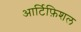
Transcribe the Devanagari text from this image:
आर्टिफ़िशल